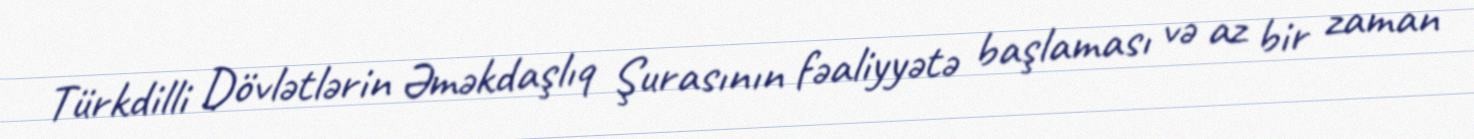
Türkdilli Dövlətlərin Əməkdaşlıq Şurasının fəaliyyətə başlaması və az bir zaman